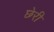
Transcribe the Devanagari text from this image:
छेरी